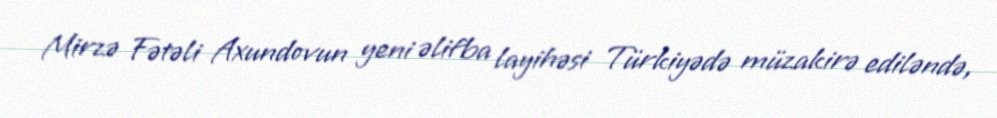
Mirzə Fətəli Axundovun yeni əlifba layihəsi Türkiyədə müzakirə ediləndə,